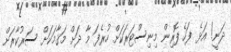
ދަނީ! އަޅެ ފަހެ ފޮރިން މިނިސްޓަރަކަށް ހުރެފަ މާ ދަށް މަޤާމަކަަށް ސަރުކާރަށް